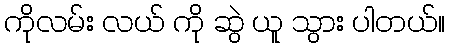
ကိုလမ်း လယ် ကို ဆွဲ ယူ သွား ပါတယ်။